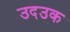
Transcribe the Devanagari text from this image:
उदउक